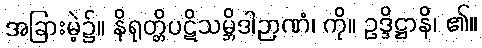
အခြားမဲ့၌။ နိရုတ္တိပဋိသမ္ဘိဒါဉာဏံ၊ ကို။ ဥဒ္ဒိဋ္ဌာနိ၊ ၏။